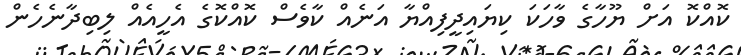
ކޮއްކޮ އަށް ޔޫހާގެ ވާހަކަ ކިޔައިދީފިއްޔާ އަނެއް ކާވެސް ކޮއްކޮގެ އެހީއެއް ލިބިދާނެހެން